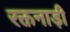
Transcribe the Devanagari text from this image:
रक्तनाड़ी